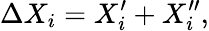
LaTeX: \Delta X_{i}=X_{i}^{\prime}+X_{i}^{\prime\prime},